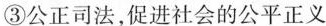
③公正司法，促进社会的公平正义